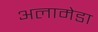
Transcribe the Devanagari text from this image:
अलामेडा